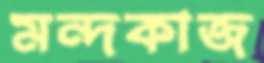
মন্দকাজ